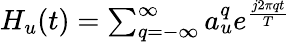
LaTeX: \begin{array}{r}{H_{u}(t)=\sum_{q=-\infty}^{\infty}{a_{u}^{q}e^{\frac{j2\pi qt}{T}}}}\end{array}